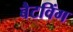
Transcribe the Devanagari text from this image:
बैटविंग